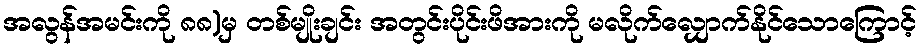
အလွန်အမင်းကို ၈၈)မှ တစ်မျိုးချင်း အတွင်းပိုင်းဖိအားကို မလိုက်လျှောက်နိုင်သောကြောင့်